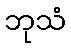
ဘုသံ